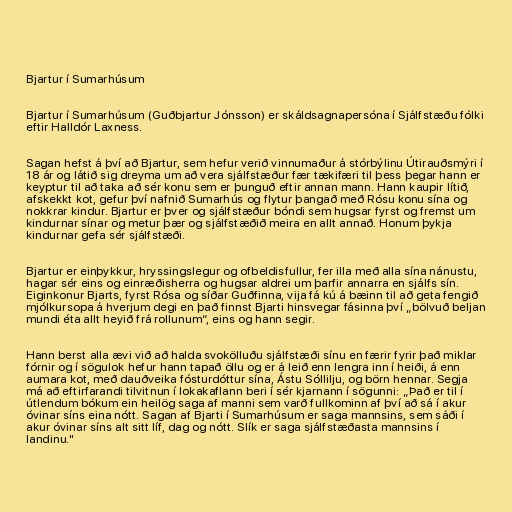
Bjartur í Sumarhúsum

Bjartur í Sumarhúsum (Guðbjartur Jónsson) er skáldsagnapersóna í Sjálfstæðu fólki
eftir Halldór Laxness.

Sagan hefst á því að Bjartur, sem hefur verið vinnumaður á stórbýlinu Útirauðsmýri í
18 ár og látið sig dreyma um að vera sjálfstæður fær tækifæri til þess þegar hann er
keyptur til að taka að sér konu sem er þunguð eftir annan mann. Hann kaupir lítið,
afskekkt kot, gefur því nafnið Sumarhús og flytur þangað með Rósu konu sína og
nokkrar kindur. Bjartur er þver og sjálfstæður bóndi sem hugsar fyrst og fremst um
kindurnar sínar og metur þær og sjálfstæðið meira en allt annað. Honum þykja
kindurnar gefa sér sjálfstæði.

Bjartur er einþykkur, hryssingslegur og ofbeldisfullur, fer illa með alla sína nánustu,
hagar sér eins og einræðisherra og hugsar aldrei um þarfir annarra en sjálfs sín.
Eiginkonur Bjarts, fyrst Rósa og síðar Guðfinna, vija fá kú á bæinn til að geta fengið
mjólkursopa á hverjum degi en það finnst Bjarti hinsvegar fásinna því „bölvuð beljan
mundi éta allt heyið frá rollunum“, eins og hann segir.

Hann berst alla ævi við að halda svokölluðu sjálfstæði sínu en færir fyrir það miklar
fórnir og í sögulok hefur hann tapað öllu og er á leið enn lengra inn í heiði, á enn
aumara kot, með dauðveika fósturdóttur sína, Ástu Sóllilju, og börn hennar. Segja
má að eftirfarandi tilvitnun í lokakaflann beri í sér kjarnann í sögunni: „Það er til í
útlendum bókum ein heilög saga af manni sem varð fullkominn af því að sá í akur
óvinar síns eina nótt. Sagan af Bjarti í Sumarhúsum er saga mannsins, sem sáði í
akur óvinar síns alt sitt líf, dag og nótt. Slík er saga sjálfstæðasta mannsins í
landinu."